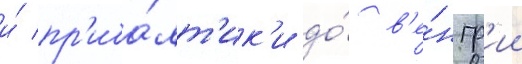
и́ пр'иба́лт'ик'и до́ в'е́нгр'ии